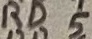
Text: RD5